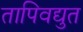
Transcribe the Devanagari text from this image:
तापिवद्युत